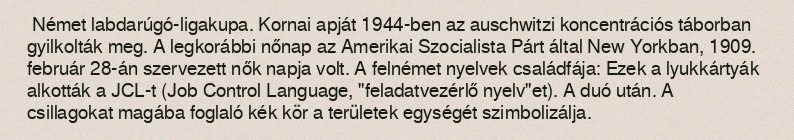
Német labdarúgó-ligakupa. Kornai apját 1944-ben az auschwitzi koncentrációs táborban gyilkolták meg. A legkorábbi nőnap az Amerikai Szocialista Párt által New Yorkban, 1909. február 28-án szervezett nők napja volt. A felnémet nyelvek családfája: Ezek a lyukkártyák alkották a JCL-t (Job Control Language, "feladatvezérlő nyelv"et). A duó után. A csillagokat magába foglaló kék kör a területek egységét szimbolizálja.